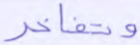
وتفاخر